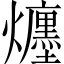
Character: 𤒲